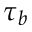
\tau _ { b }